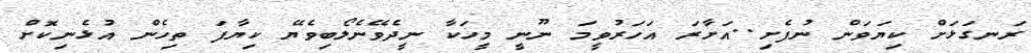
ރަނގަޅަށް ކިޔަވަން ނުފެށި..އަށާރަ އަހަރުވީމަ ނޫނީ މީހަކާ ނީދެވޭނެލޯބިވެޔޭ ކިޔާފަ ތިހެން އުޅެނިކޮށް